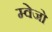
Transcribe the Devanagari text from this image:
म्वेजो